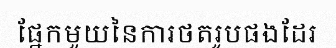
ផ្នែកមួយនៃការថតរូបផងដែរ